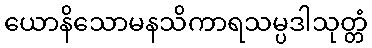
ယောနိသောမနသိကာရသမ္ပဒါသုတ္တံ